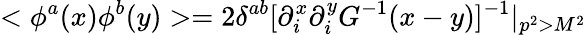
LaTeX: <\phi^{a}(x)\phi^{b}(y)>=2\delta^{ab}[\partial_{i}^{x}\partial_{i}^{y}G^{-1}(x-y)]^{-1}|_{p^{2}>M^{2}}